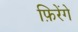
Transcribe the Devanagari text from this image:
फ़िरेंगे